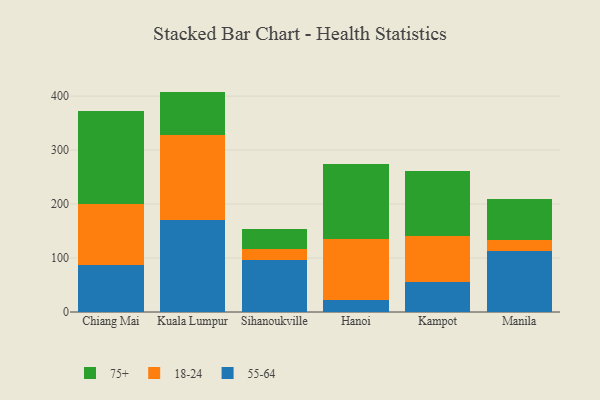
{"axis": {"x": "City", "y": "LTV (USD)"}, "legend": ["18-24", "55-64", "75+"], "data": [{"x": "Chiang Mai", "y": 87.6, "type": "55-64"}, {"x": "Chiang Mai", "y": 113.4, "type": "18-24"}, {"x": "Chiang Mai", "y": 172.0, "type": "75+"}, {"x": "Kuala Lumpur", "y": 170.0, "type": "55-64"}, {"x": "Kuala Lumpur", "y": 157.8, "type": "18-24"}, {"x": "Kuala Lumpur", "y": 80.5, "type": "75+"}, {"x": "Sihanoukville", "y": 96.7, "type": "55-64"}, {"x": "Sihanoukville", "y": 20.4, "type": "18-24"}, {"x": "Sihanoukville", "y": 35.9, "type": "75+"}, {"x": "Hanoi", "y": 22.6, "type": "55-64"}, {"x": "Hanoi", "y": 112.4, "type": "18-24"}, {"x": "Hanoi", "y": 139.5, "type": "75+"}, {"x": "Kampot", "y": 55.6, "type": "55-64"}, {"x": "Kampot", "y": 84.4, "type": "18-24"}, {"x": "Kampot", "y": 121.9, "type": "75+"}, {"x": "Manila", "y": 113.5, "type": "55-64"}, {"x": "Manila", "y": 20.3, "type": "18-24"}, {"x": "Manila", "y": 75.6, "type": "75+"}]}